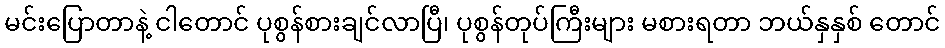
မင်းပြောတာနဲ့ ငါတောင် ပုစွန်စားချင်လာပြီ၊ ပုစွန်တုပ်ကြီးများ မစားရတာ ဘယ်နှနှစ် တောင်